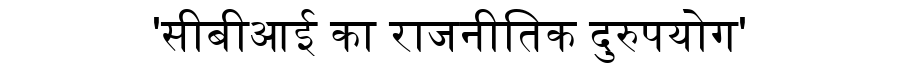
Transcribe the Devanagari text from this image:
'सीबीआई का राजनीतिक दुरुपयोग'